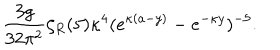
{ \frac { 3 g } { 3 2 \pi ^ { 2 } } } \zeta _ { R } ( 5 ) \kappa ^ { 4 } ( e ^ { \kappa ( a - y ) } - e ^ { - \kappa y } ) ^ { - 5 } .